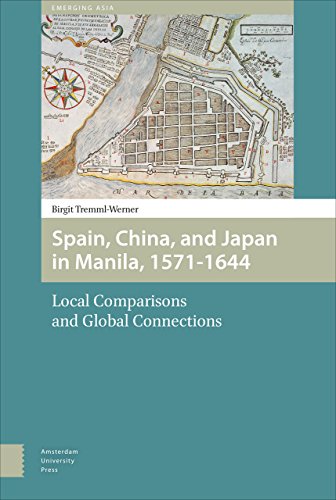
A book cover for Spain, China and Japan in Manila, 1571-1644: Local Comparisons and Global Connections (Emerging Asia); Birgit Tremml-Werner; History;